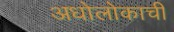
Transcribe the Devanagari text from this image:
अधोलोकाची